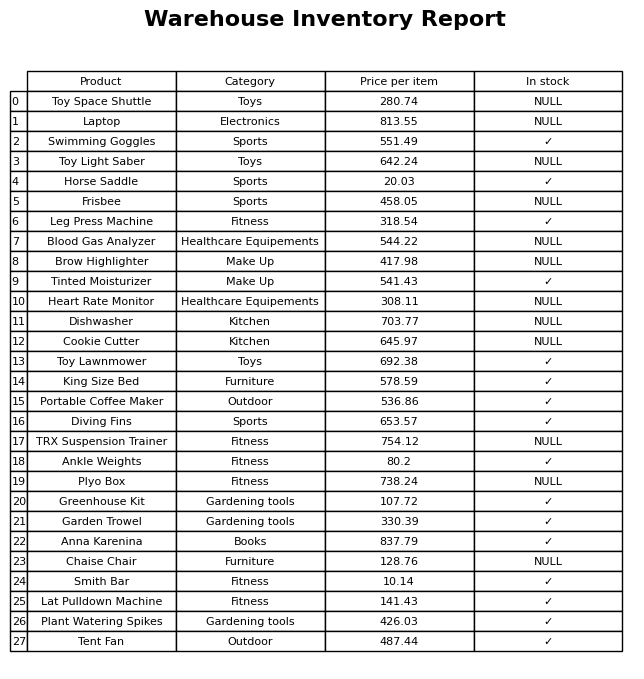
question: What is the price of the Tent Fan?
answer: The price of Tent Fan is 487.44.